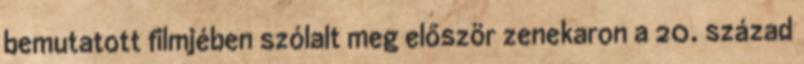
bemutatott filmjében szólalt meg először zenekaron a 20. század